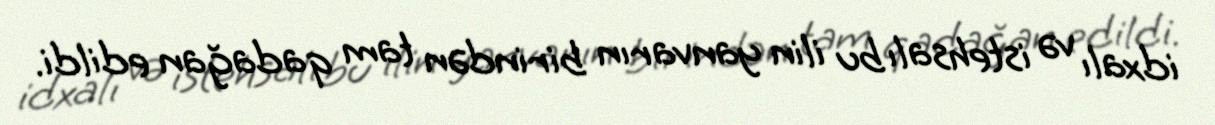
idxalı və istehsalı bu ilin yanvarın birindən tam qadağan edildi.